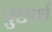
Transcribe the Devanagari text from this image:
पुष्टार्थ